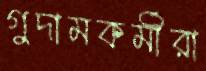
গুদামকর্মীরা